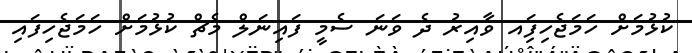
ކުޅުމަށް ހަމަޖެހިފަިއ ވާއިރު ދެ ވަނަ ސެމީ ފައިނަލް މެޗް ކުޅުމަށް ހަމަޖެހިފައި